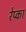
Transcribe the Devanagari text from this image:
रेप्का